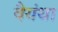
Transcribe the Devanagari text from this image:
वैयंथा